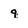
Character: 9